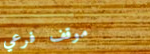
موقف فرعي